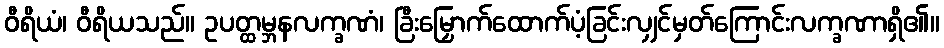
ဝီရိယံ၊ ဝီရိယသည်။ ဥပတ္ထမ္ဘနလက္ခဏံ၊ ခြီးမြှောက်ထောက်ပံ့ခြင်းလျှင်မှတ်ကြောင်းလက္ခဏာရှိ၏။